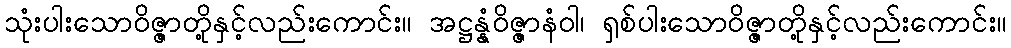
သုံးပါးသောဝိဇ္ဇာတို့နှင့်လည်းကောင်း။ အဋ္ဌန္နံဝိဇ္ဇာနံဝါ၊ ရှစ်ပါးသောဝိဇ္ဇာတို့နှင့်လည်းကောင်း။